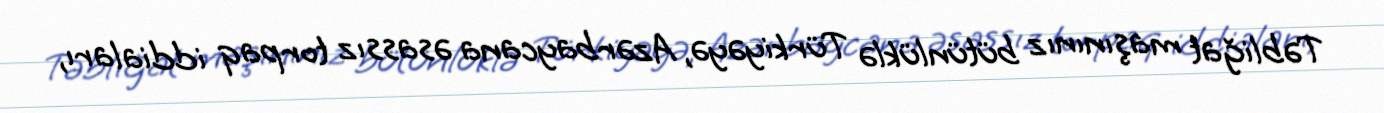
Təbliğat maşınınız bütünlüklə Türkiyəyə, Azərbaycana əsassız torpaq iddiaları,